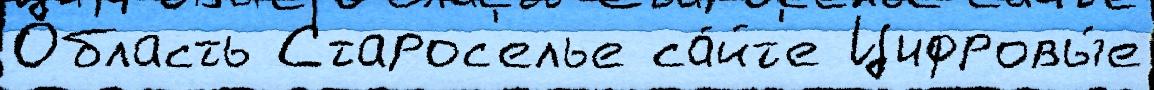
О́бласть Старос'елье са́йт'е Цифровы́е